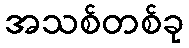
အသစ်တစ်ခု